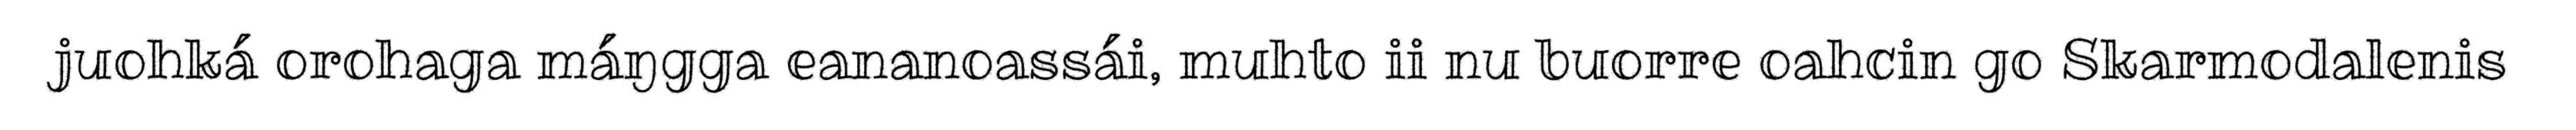
juohká orohaga máŋgga eananoassái, muhto ii nu buorre oahcin go Skarmodalenis